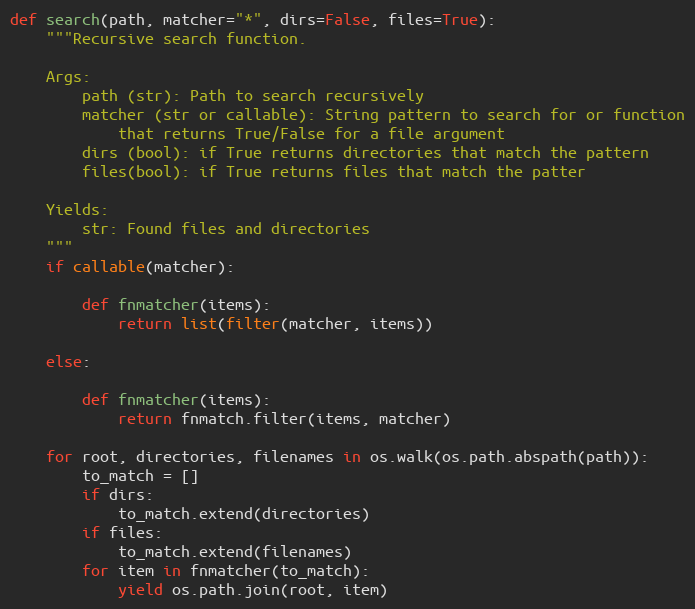
Language: Python
def search(path, matcher="*", dirs=False, files=True):
    """Recursive search function.

    Args:
        path (str): Path to search recursively
        matcher (str or callable): String pattern to search for or function
            that returns True/False for a file argument
        dirs (bool): if True returns directories that match the pattern
        files(bool): if True returns files that match the patter

    Yields:
        str: Found files and directories
    """
    if callable(matcher):

        def fnmatcher(items):
            return list(filter(matcher, items))

    else:

        def fnmatcher(items):
            return fnmatch.filter(items, matcher)

    for root, directories, filenames in os.walk(os.path.abspath(path)):
        to_match = []
        if dirs:
            to_match.extend(directories)
        if files:
            to_match.extend(filenames)
        for item in fnmatcher(to_match):
            yield os.path.join(root, item)